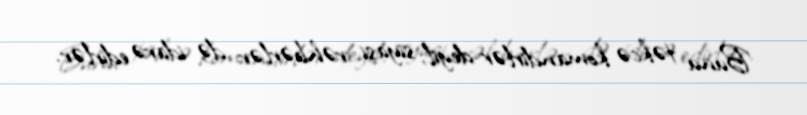
Bunu təkcə komandirlər deyil, siyasi rəhbərlər də idarə edirlər.